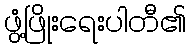
ဖွံ့ဖြိုးရေးပါတီ၏